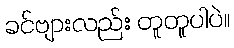
ခင်ဗျားလည်း တူတူပါပဲ။